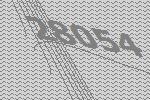
28054